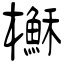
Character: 櫯